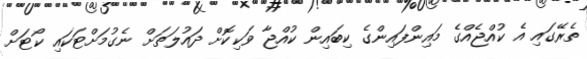
ތެރޭގައި އެ ކުއްޖެއްގެ މައިންފައިންގެ ކިބައިން ކުއްޖާ ވަކިކޮށް ދައުލަތަށް ނެގުމަށްޓަކައި ކޯޓަށް